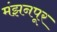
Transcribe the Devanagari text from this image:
मंझनपूर